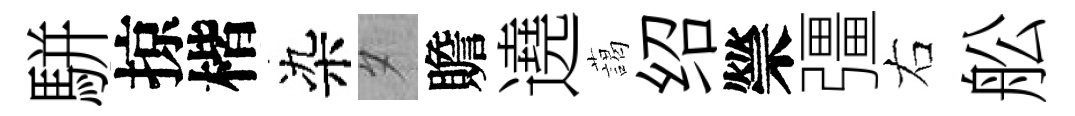
駢掠楷染夕贍遶藹绍禜彊右舩